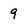
Character: 9